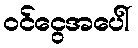
ဝင်ငွေအပေါ်